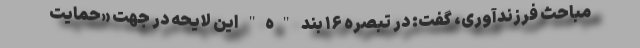
مباحث فرزندآوری، گفت: در تبصره ۱۶ بند "ه" این لایحه در جهت «حمایت